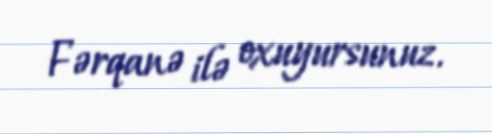
Fərqanə ilə oxuyursunuz.